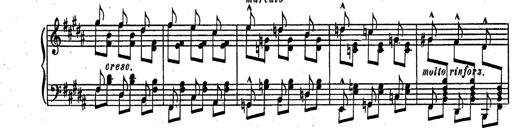
Title: RÃ©miniscences des Huguenots
Composer: Franz Liszt